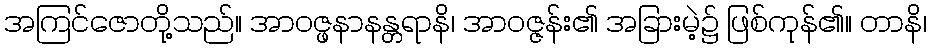
အကြင်ဇောတို့သည်။ အာဝဇ္ဖနာနန္တရာနိ၊ အာဝဇ္ဇန်း၏ အခြားမဲ့၌ ဖြစ်ကုန်၏။ တာနိ၊